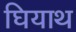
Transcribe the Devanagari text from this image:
घियाथ